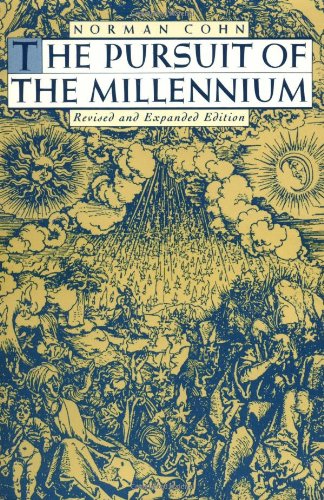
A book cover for The Pursuit of the Millennium: Revolutionary Millenarians and Mystical Anarchists of the Middle Ages, Revised and Expanded Edition; Norman Cohn; Literature & Fiction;